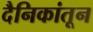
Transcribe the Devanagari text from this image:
दैनिकांतून